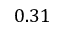
0 . 3 1